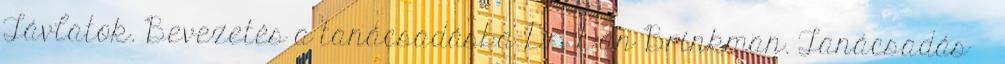
Távlatok. Bevezetés a tanácsadásba Dr. Dan Brinkman. Tanácsadás 